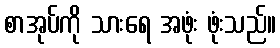
စာအုပ်ကို သားရေ အဖုံး ဖုံးသည်။